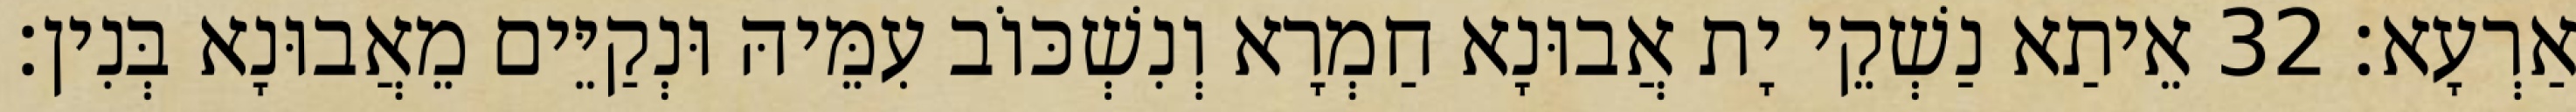
אַרְעָא׃ 32 אֵיתַא נַשְׁקֵי יָת אֲבוּנָא חַמְרָא וְנִשְׁכּוֹב עִמֵּיהּ וּנְקַיֵּים מֵאֲבוּנָא בְּנִין׃